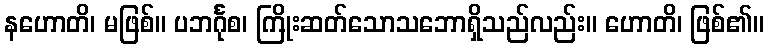
နဟောတိ၊ မဖြစ်။ ပဘင်္ဂုစ၊ ကြိုးဆတ်သောသဘောရှိသည်လည်း။ ဟောတိ၊ ဖြစ်၏။